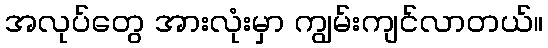
အလုပ်တွေ အားလုံးမှာ ကျွမ်းကျင်လာတယ်။